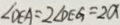
\angle D E A = 2 \angle D E G = 2 a